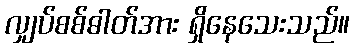
လျှပ်စစ်ဓါတ်အား ရှိနေသေးသည်။